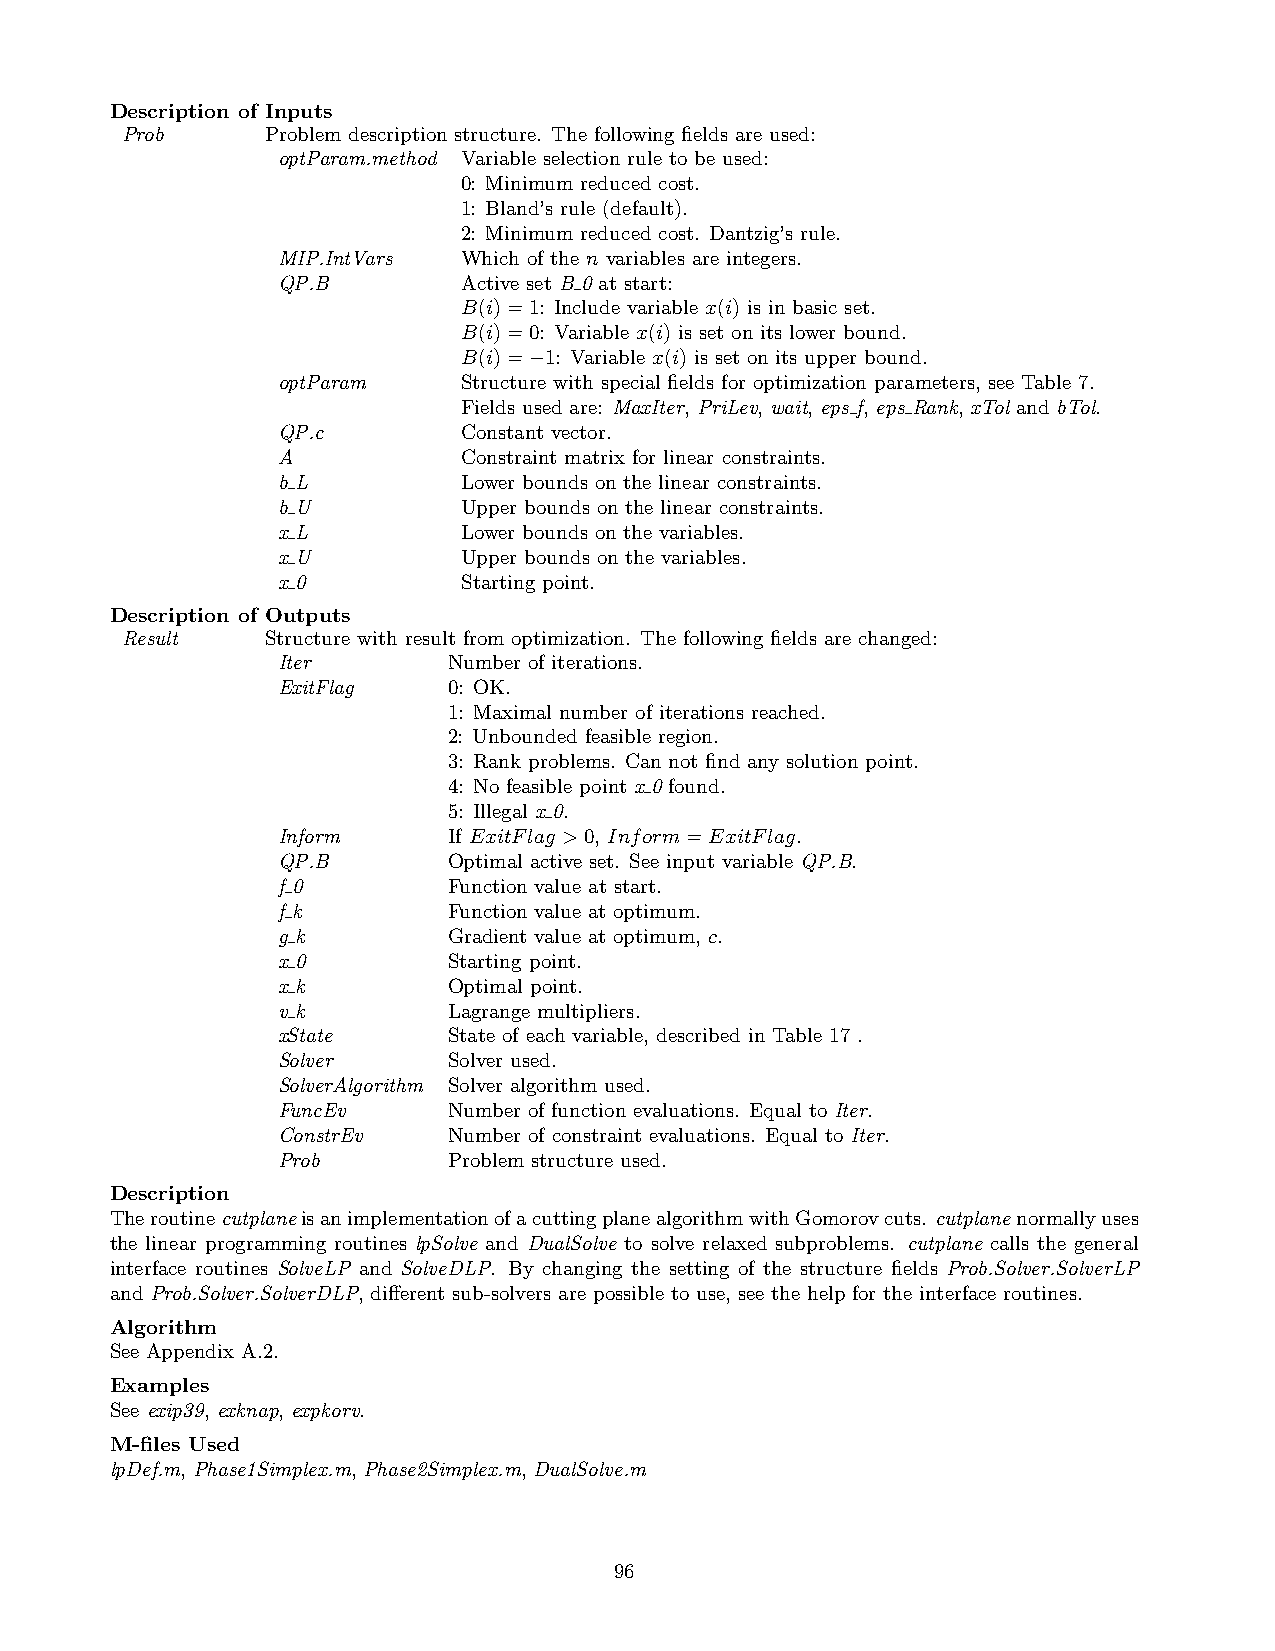
Description of Inputs
 Prob      Problem description structure. The following fields are used:
 optParam.method Variable selection rule to be used:
 0: Minimum reduced cost.
 1: Bland’s rule (default).
 2: Minimum reduced cost. Dantzig’s rule.
 MIP.IntVars  Which of the n variables are integers.
 QP.B         Active set B 0 at start:
 B(i)=1: Include variable x(i) is in basic set.
 B(i)=0: Variable x(i) is set on its lower bound.
 B(i)=−1: Variable x(i) is set on its upper bound.
 optParam     Structure with special fields for optimization parameters, see Table 7.
 Fields used are: MaxIter, PriLev, wait, eps f, eps Rank, xTol and bTol.
 QP.c         Constant vector.
 A            Constraint matrix for linear constraints.
 b L          Lower bounds on the linear constraints.
 b U          Upper bounds on the linear constraints.
 x L          Lower bounds on the variables.
 x U          Upper bounds on the variables.
 x 0          Starting point.
 Description of Outputs
 Result    Structure with result from optimization. The following fields are changed:
 Iter        Number of iterations.
 ExitFlag    0: OK.
 1: Maximal number of iterations reached.
 2: Unbounded feasible region.
 3: Rank problems. Can not find any solution point.
 4: No feasible point x 0 found.
 5: Illegal x 0.
 Inform      If ExitFlag >0, Inform=ExitFlag.
 QP.B        Optimal active set. See input variable QP.B.
 f 0         Function value at start.
 f k         Function value at optimum.
 g k         Gradient value at optimum, c.
 x 0         Starting point.
 x k         Optimal point.
 v k         Lagrange multipliers.
 xState      State of each variable, described in Table 17 .
 Solver      Solver used.
 SolverAlgorithm Solver algorithm used.
 FuncEv      Number of function evaluations. Equal to Iter.
 ConstrEv    Number of constraint evaluations. Equal to Iter.
 Prob        Problem structure used.
 Description
 TheroutinecutplaneisanimplementationofacuttingplanealgorithmwithGomorovcuts. cutplanenormallyuses
 the linear programming routines lpSolve and DualSolve to solve relaxed subproblems. cutplane calls the general
 interface routines SolveLP and SolveDLP. By changing the setting of the structure fields Prob.Solver.SolverLP
 and Prob.Solver.SolverDLP, different sub-solvers are possible to use, see the help for the interface routines.
 Algorithm
 See Appendix A.2.
 Examples
 See exip39, exknap, expkorv.
 M-files Used
 lpDef.m, Phase1Simplex.m, Phase2Simplex.m, DualSolve.m
 96